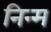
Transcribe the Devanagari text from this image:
निन्‍म